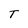
Character: T